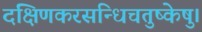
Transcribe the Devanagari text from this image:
दक्षिणकरसन्धिचतुष्केषु।